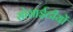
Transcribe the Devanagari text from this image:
सोसाईटीयों